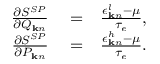
\begin{array} { r l r } { \frac { \partial S ^ { S P } } { \partial Q _ { { \bf k } n } } } & { { } = } & { \frac { \epsilon _ { { \bf k } n } ^ { l } - \mu } { \tau _ { e } } , } \\ { \frac { \partial S ^ { S P } } { \partial P _ { { \bf k } n } } } & { { } = } & { \frac { \epsilon _ { { \bf k } n } ^ { h } - \mu } { \tau _ { e } } . } \end{array}